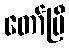
တော်ပြီ